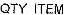
QTY ITEM